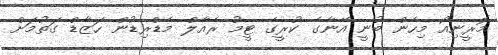
މޮރީނިއޯ މިހެން ބުނީ އޭނާގެ ކުރީގެ ޓީމު ރެއާލް މެޑްރިޑުން ހަޒާޑް ގަތުމަށް